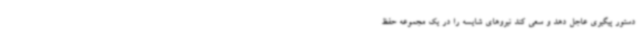
دستور پیگیری عاجل دهد و سعی کند نیروهای شایسه را در یک مجموعه حفظ